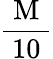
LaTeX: \frac{\mathrm{~M~}}{10}